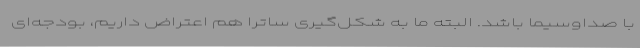
با صداوسیما باشد. البته ما به شکل‌گیری ساترا هم اعتراض داریم، بودجه‌ای